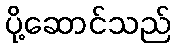
ပို့ဆောင်သည်